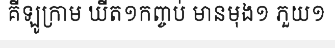
គីឡូក្រាម ឃីត១កញ្ចប់ មានមុង១ ភួយ១